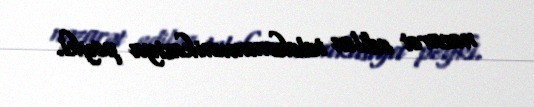
nəzarət edilən telekommunikasiya peyki.